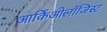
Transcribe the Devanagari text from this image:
आर्किओलॉजिस्ट